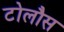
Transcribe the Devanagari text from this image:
टोलौस